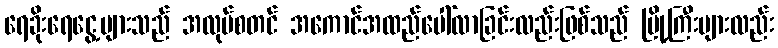
ရေခိုးရေငွေ့များသည် အလုပ်စတင် အကောင်အထည်ပေါ်လာခြင်းလည်းဖြစ်သည် မြို့ကြီးများလည်း